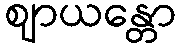
ဈာယန္တော